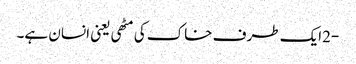
-2ایک طرف خاک کی مٹھی یعنی انسان ہے۔